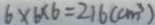
6 \times 6 \times 6 = 2 1 6 ( c m ^ { 3 } )